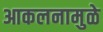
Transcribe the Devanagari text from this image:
आकलनामुळे